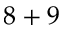
8 + 9